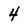
Character: 4